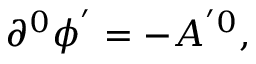
\partial ^ { 0 } \phi ^ { ^ { \prime } } = - A ^ { ^ { \prime } 0 } ,